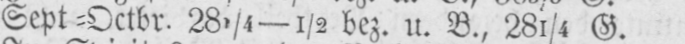
Sept⸗Octbr. 281/4-½ bez. u. B., 281/4 G.